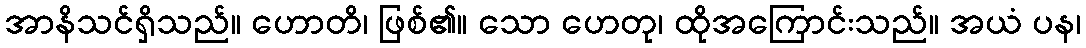
အာနိသင်ရှိသည်။ ဟောတိ၊ ဖြစ်၏။ သော ဟေတု၊ ထိုအကြောင်းသည်။ အယံ ပန၊